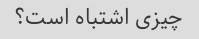
چیزی اشتباه است؟